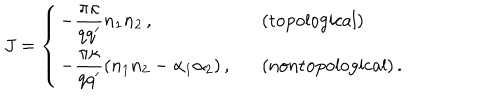
J = \left\{ \begin{array} { l l } { { { \displaystyle - \frac { \pi \kappa } { q q ^ { \prime } } n _ { 1 } n _ { 2 } \, , } } } & { { \mathrm { ( t o p o l o g i c a l ) } } } \\ { { { \displaystyle - \frac { \pi \kappa } { q q ^ { \prime } } ( n _ { 1 } n _ { 2 } - \alpha _ { 1 } \alpha _ { 2 } ) \, , } \ \ \ } } & { { \mathrm { ( n o n t o p o l o g i c a l ) } \, . } } \\ \end{array} \right.